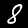
Digit: 8